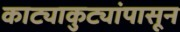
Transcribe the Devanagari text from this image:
काट्याकुट्यांपासून